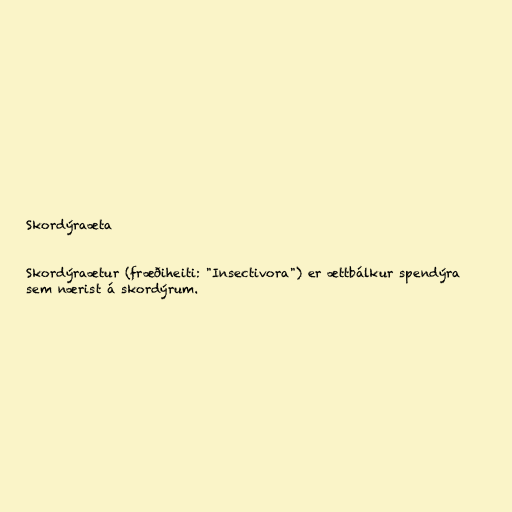
Skordýraæta

Skordýraætur (fræðiheiti: "Insectivora") er ættbálkur spendýra
sem nærist á skordýrum.